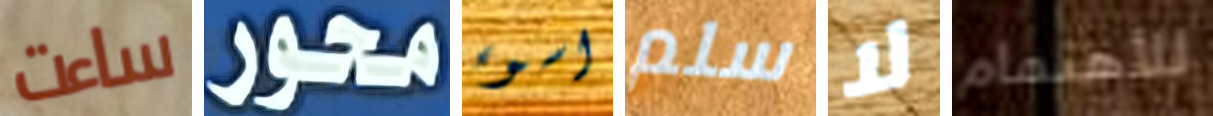
ساءت محور اسوء سلم لا للأهتمام